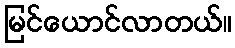
မြင်ယောင်လာတယ်။